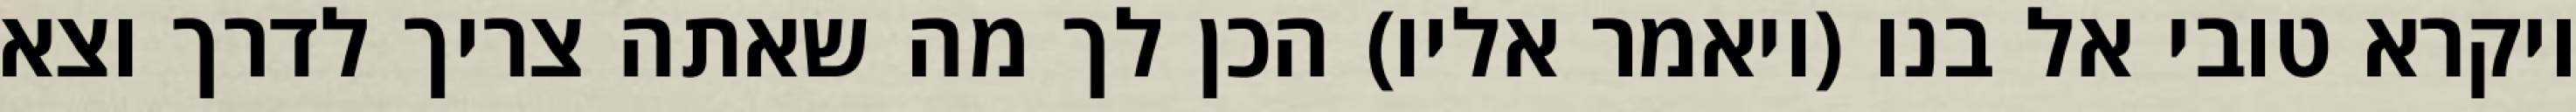
ויקרא טובי אל בנו (ויאמר אליו) הכן לך מה שאתה צריך לדרך וצא